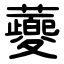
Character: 蘷